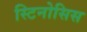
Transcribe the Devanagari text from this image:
स्टिनोसिस